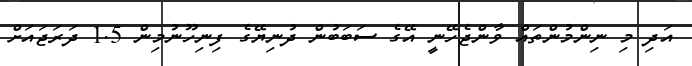
އަދި މި ނިންމުންތައް ވާންޖެހޭނީ އޭގެ ސަބަބުން ދުނިޔޭގެ ފިނިހޫނުމިން 1.5 ދަރަޖައަށް